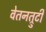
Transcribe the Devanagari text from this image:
वेतनत्रुटी